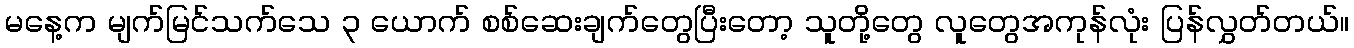
မနေ့က မျက်မြင်သက်သေ ၃ ယောက် စစ်ဆေးချက်တွေပြီးတော့ သူတို့တွေ လူတွေအကုန်လုံး ပြန်လွှတ်တယ်။